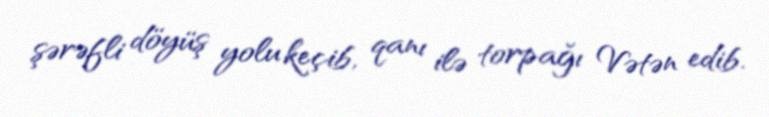
şərəfli döyüş yolu keçib, qanı ilə torpağı Vətən edib.